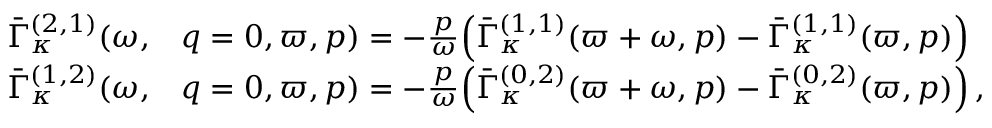
\begin{array} { r l } { \bar { \Gamma } _ { \kappa } ^ { ( 2 , 1 ) } ( \omega , } & { q = 0 , \varpi , p ) = - \frac { p } { \omega } \Big ( \bar { \Gamma } _ { \kappa } ^ { ( 1 , 1 ) } ( \varpi + \omega , p ) - \bar { \Gamma } _ { \kappa } ^ { ( 1 , 1 ) } ( \varpi , p ) \Big ) } \\ { \bar { \Gamma } _ { \kappa } ^ { ( 1 , 2 ) } ( \omega , } & { q = 0 , \varpi , p ) = - \frac { p } { \omega } \Big ( \bar { \Gamma } _ { \kappa } ^ { ( 0 , 2 ) } ( \varpi + \omega , p ) - \bar { \Gamma } _ { \kappa } ^ { ( 0 , 2 ) } ( \varpi , p ) \Big ) \, , } \end{array}